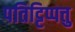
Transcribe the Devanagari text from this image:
पतिट्टिप्पत्तु